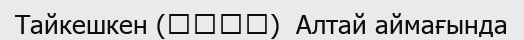
Тайкешкен (塔克什肯)  Алтай аймағында